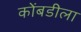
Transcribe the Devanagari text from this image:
कोंबडीला